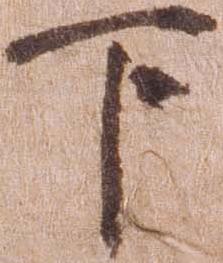
下